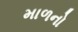
માળનો